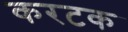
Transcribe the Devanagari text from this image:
करटक